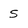
Character: s